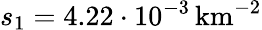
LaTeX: s_{1}=4.22\cdot 10^{-3}\, \mathrm{km^{-2}}